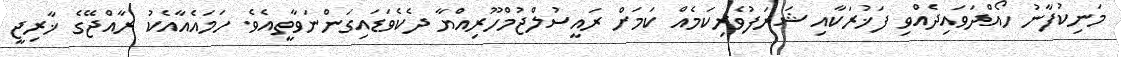
މަނިކުފާނު ހޯއްދަވައިދެއްވި ފަޚުރަކާއި ޝަރަފުވެރިކަމެއް ކަމަށް ރައީސުލްޖުމްހޫރިއްޔާ ދެކެވަޑައިގަންނަވާތީއެވެ. ހަމައެއާއެކު ރާއްޖޭގެ ޚާރިޖީ